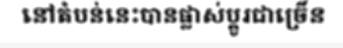
នៅតំបន់នេះបានផ្លាស់ប្តូរជាច្រើន